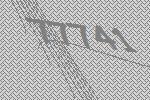
77741